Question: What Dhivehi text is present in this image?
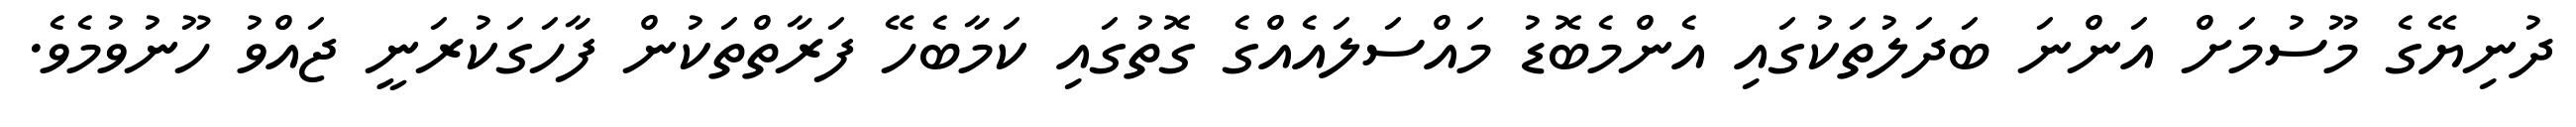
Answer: ދުނިޔޭގެ މޫސުމަށް އަންނަ ބަދަލުތަކުގައި އެންމެބޮޑު މައްސަލައެއްގެ ގޮތުގައި ކަމާބެހޭ ފަރާތްތަކުން ފާހަގަކުރަނީ ޖައްވު ހޫނުވުމެވެ.